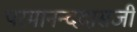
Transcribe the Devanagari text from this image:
परमानन्ददासजी